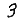
Digit: 3